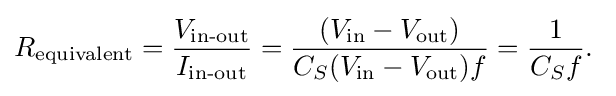
R_{\text{equivalent}}={V_{\text{in-out}} \over I_{\text{in-out}}}={(V_{\text{in}}-V_{\text{out}}) \over C_{S}(V_{\text{in}}-V_{\text{out}})f}={1 \over {C_{S}f}}.\